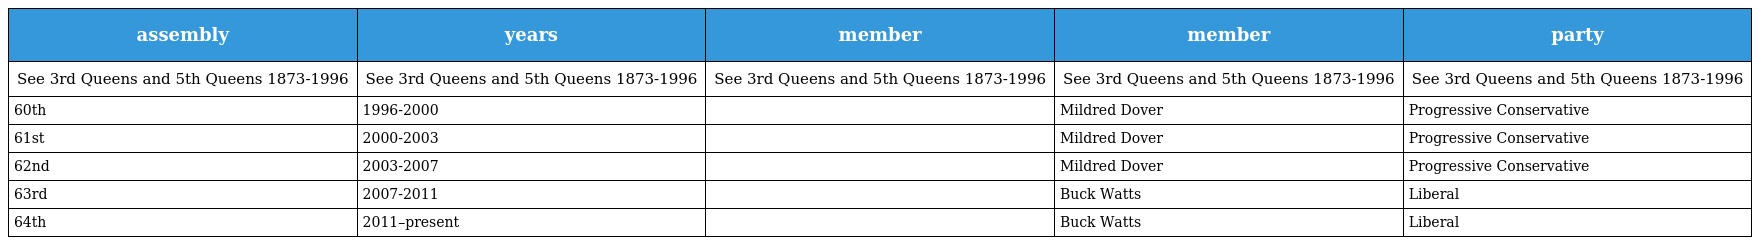
| assembly | years | member | member | party |
 | --- | --- | --- | --- | --- |
 | See 3rd Queens and 5th Queens 1873-1996 | See 3rd Queens and 5th Queens 1873-1996 | See 3rd Queens and 5th Queens 1873-1996 | See 3rd Queens and 5th Queens 1873-1996 | See 3rd Queens and 5th Queens 1873-1996 |
 | 60th | 1996-2000 |  | Mildred Dover | Progressive Conservative |
 | 61st | 2000-2003 |  | Mildred Dover | Progressive Conservative |
 | 62nd | 2003-2007 |  | Mildred Dover | Progressive Conservative |
 | 63rd | 2007-2011 |  | Buck Watts | Liberal |
 | 64th | 2011–present |  | Buck Watts | Liberal |